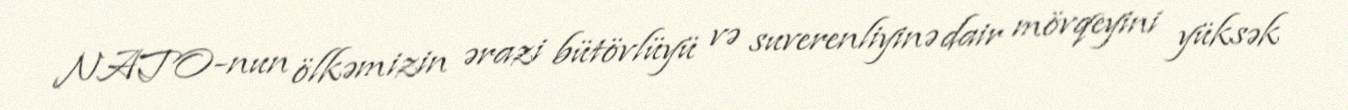
NATO-nun ölkəmizin ərazi bütövlüyü və suverenliyinə dair mövqeyini yüksək